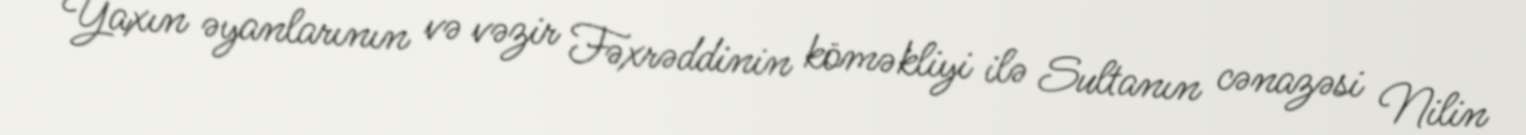
Yaxın əyanlarının və vəzir Fəxrəddinin köməkliyi ilə Sultanın cənazəsi Nilin